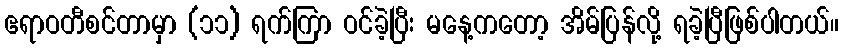
ဧရာဝတီစင်တာမှာ (၁၁) ရက်ကြာ ဝင်ခဲ့ပြီး မနေ့ကတော့ အိမ်ပြန်လို့ ရခဲ့ပြီဖြစ်ပါတယ်။